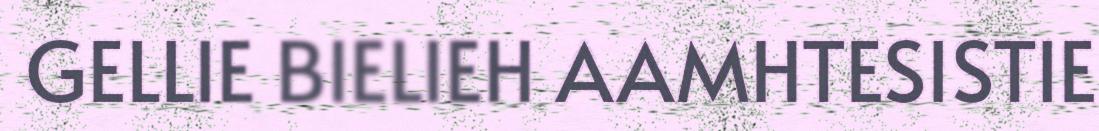
GELLIE BIELIEH AAMHTESISTIE